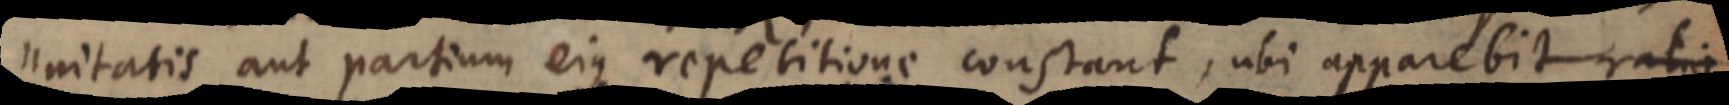
Unitatis aut partium ejus repetitione constant, ubi apparebit ratio